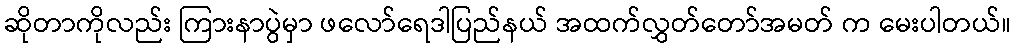
ဆိုတာကိုလည်း ကြားနာပွဲမှာ ဖလော်ရေဒါပြည်နယ် အထက်လွှတ်တော်အမတ် က မေးပါတယ်။